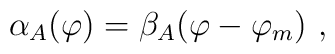
\alpha_A (\varphi) = \beta_A (\varphi - \varphi_m)\ ,